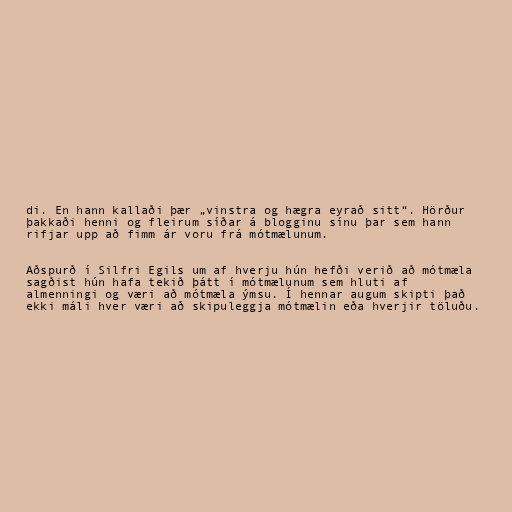
di. En hann kallaði þær „vinstra og hægra eyrað sitt“. Hörður
þakkaði henni og fleirum síðar á blogginu sínu þar sem hann
rifjar upp að fimm ár voru frá mótmælunum.

Aðspurð í Silfri Egils um af hverju hún hefði verið að mótmæla
sagðist hún hafa tekið þátt í mótmælunum sem hluti af
almenningi og væri að mótmæla ýmsu. Í hennar augum skipti það
ekki máli hver væri að skipuleggja mótmælin eða hverjir töluðu.